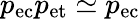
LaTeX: p_{\mathrm{ec}}p_{\mathrm{et}}\simeq p_{\mathrm{ec}}